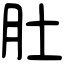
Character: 肚